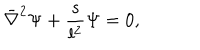
LaTeX: \bar { \nabla } ^ { 2 } \Psi + { \frac { s } { l ^ { 2 } } } \Psi = 0 ,